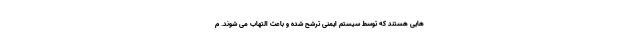
هایی هستند که توسط سیستم ایمنی ترشح شده و باعث التهاب می‌ شوند. م